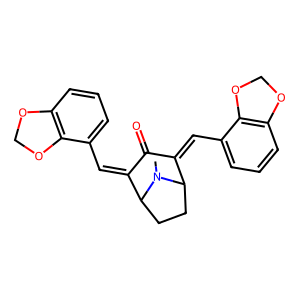
SMILES: CN1C2CCC1C(=Cc1cccc3c1OCO3)C(=O)C2=Cc1cccc2c1OCO2
Inhibits HIV replication: No